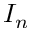
I _ { n }